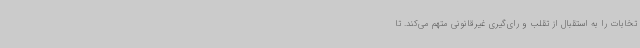
تخابات را به استقبال از تقلب و رای‌گیری غیرقانونی متهم می‌کند. تا